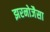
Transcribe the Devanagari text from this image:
झरनोजैसा